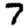
Digit: 7